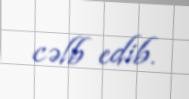
cəlb edib.